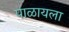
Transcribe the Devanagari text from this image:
पाळायला